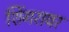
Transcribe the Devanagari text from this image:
शिंगरावर